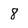
Character: 8